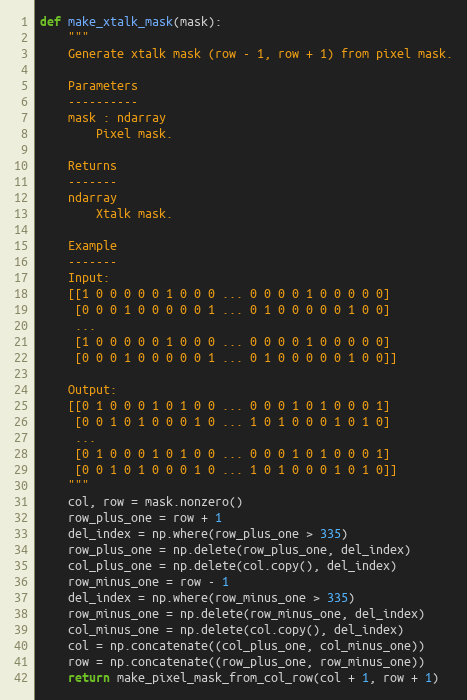
Language: Python
def make_xtalk_mask(mask):
    """
    Generate xtalk mask (row - 1, row + 1) from pixel mask.

    Parameters
    ----------
    mask : ndarray
        Pixel mask.

    Returns
    -------
    ndarray
        Xtalk mask.

    Example
    -------
    Input:
    [[1 0 0 0 0 0 1 0 0 0 ... 0 0 0 0 1 0 0 0 0 0]
     [0 0 0 1 0 0 0 0 0 1 ... 0 1 0 0 0 0 0 1 0 0]
     ...
     [1 0 0 0 0 0 1 0 0 0 ... 0 0 0 0 1 0 0 0 0 0]
     [0 0 0 1 0 0 0 0 0 1 ... 0 1 0 0 0 0 0 1 0 0]]

    Output:
    [[0 1 0 0 0 1 0 1 0 0 ... 0 0 0 1 0 1 0 0 0 1]
     [0 0 1 0 1 0 0 0 1 0 ... 1 0 1 0 0 0 1 0 1 0]
     ...
     [0 1 0 0 0 1 0 1 0 0 ... 0 0 0 1 0 1 0 0 0 1]
     [0 0 1 0 1 0 0 0 1 0 ... 1 0 1 0 0 0 1 0 1 0]]
    """
    col, row = mask.nonzero()
    row_plus_one = row + 1
    del_index = np.where(row_plus_one > 335)
    row_plus_one = np.delete(row_plus_one, del_index)
    col_plus_one = np.delete(col.copy(), del_index)
    row_minus_one = row - 1
    del_index = np.where(row_minus_one > 335)
    row_minus_one = np.delete(row_minus_one, del_index)
    col_minus_one = np.delete(col.copy(), del_index)
    col = np.concatenate((col_plus_one, col_minus_one))
    row = np.concatenate((row_plus_one, row_minus_one))
    return make_pixel_mask_from_col_row(col + 1, row + 1)